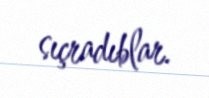
sıçradıblar.